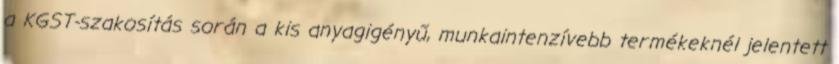
a KGST-szakosítás során a kis anyagigényű, munkaintenzívebb termékeknél jelentett